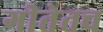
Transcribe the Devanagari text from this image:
गीतेतच